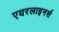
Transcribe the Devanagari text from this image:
एयरलाइनर्स